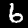
Digit: 6